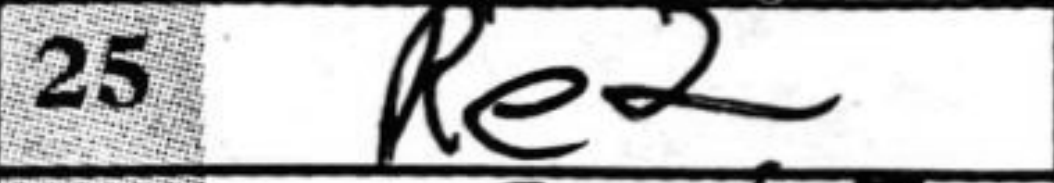
Transcription: Re2